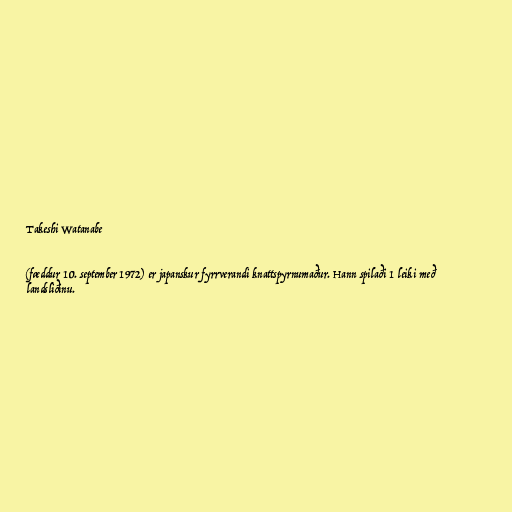
Takeshi Watanabe

(fæddur 10. september 1972) er japanskur fyrrverandi knattspyrnumaður. Hann spilaði 1 leiki með
landsliðinu.